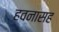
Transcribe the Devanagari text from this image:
हवनासह